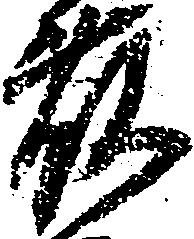
藤